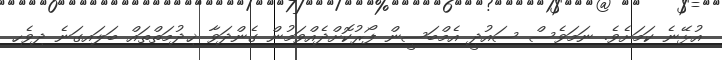
އުޅޭނެ ކަމަށެވެ. ނަމަވެސް ސައުދީ އެމްބަސީން ފޯރުކޮށްދެއްވަމުން ގެންދަވާ ޚިދުމަތްތައް ބަލައިގަނެ ދިވެހި